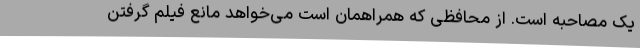
یک مصاحبه است. از محافظی که همراهمان است می‌خواهد مانع فیلم گرفتن